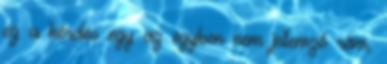
ez a kérdés egy az egyben nem jellemző rám,